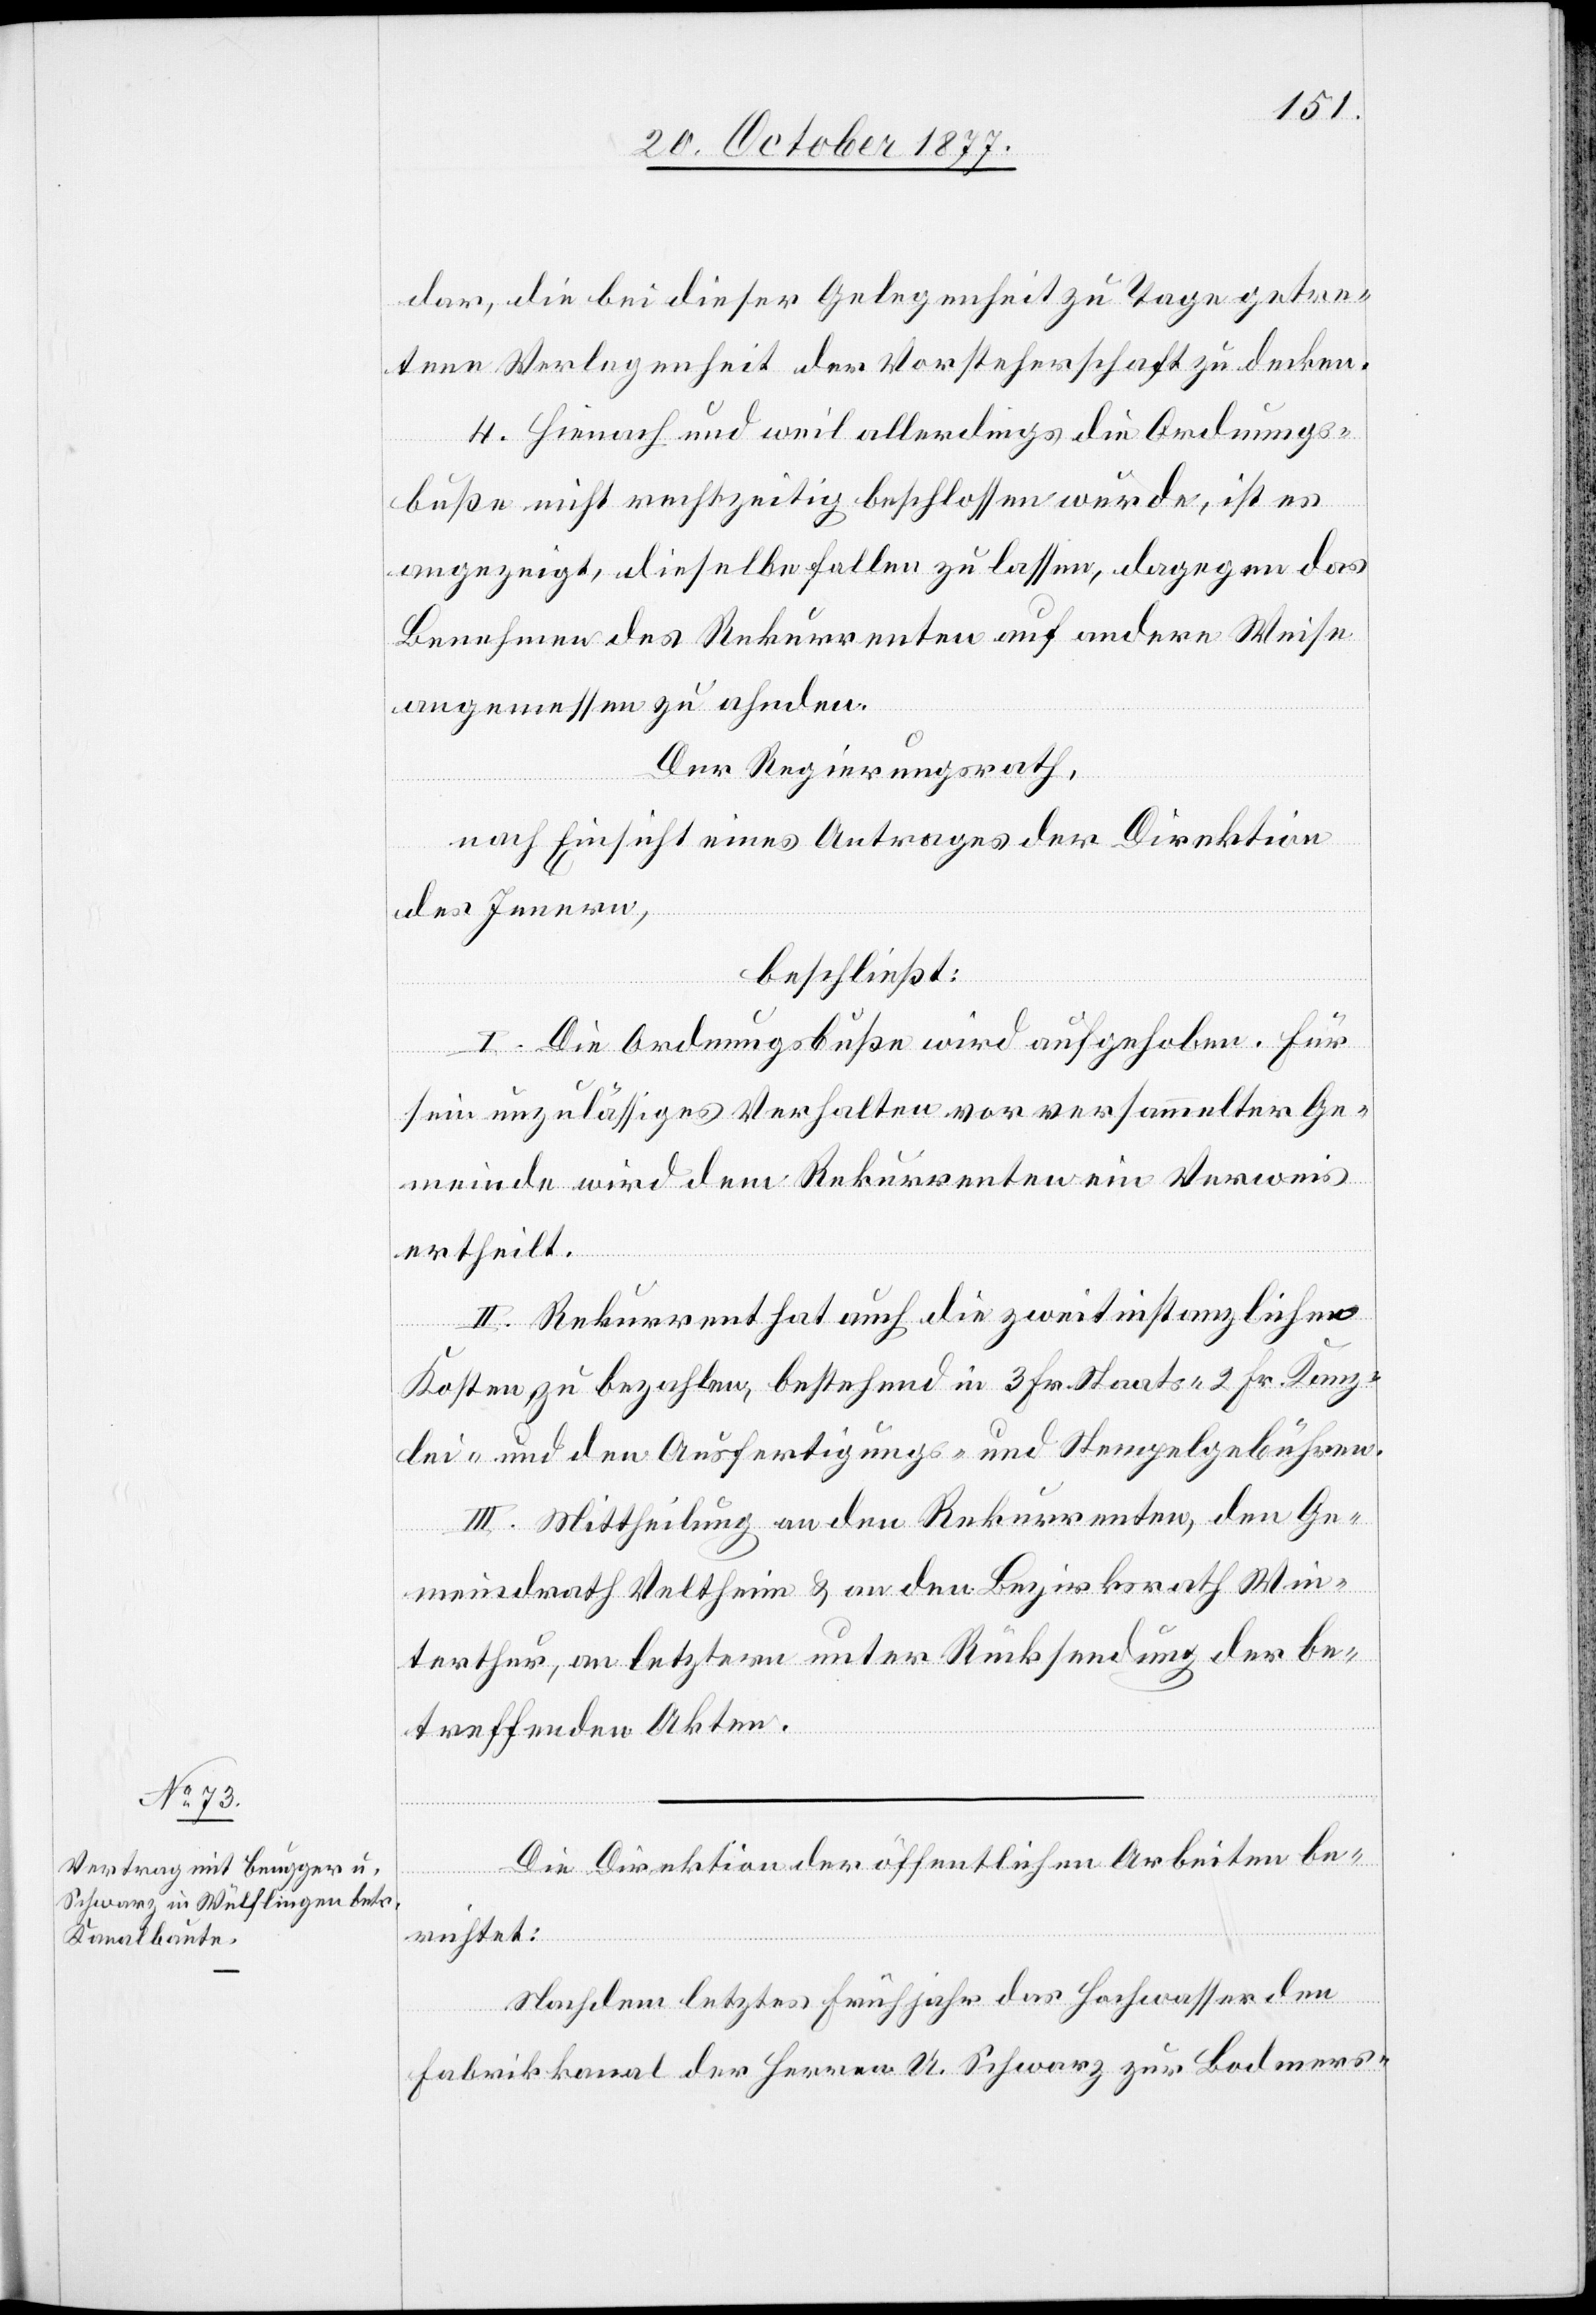
dar, die bei dieser Gelegenheit zu Tage getre¬
tene Verlegenheit der Vorsteherschaft zu decken.
4. Hienach und weil allerdings die Ordnungs¬
buße nicht rechtzeitig beschlossen wurde, ist es
angezeigt, dieselbe fallen zu lassen, dagegen das
Benehmen des Rekurrenten auf andere Weise
angemessen zu ahnden.
Der Regierungsrath,
nach Einsicht eines Antrages der Direktion
des Innern,
beschließt:
I. Die Ordnungsbuße wird aufgehoben. Für
sein unzulässiges Verhalten vor versammelter Ge¬
meinde wird dem Rekurrenten ein Verweis
ertheilt.
II. Rekurrent hat auch die zweitinstanzlichen
Kosten zu bezahlen, bestehend in 3 Fr. Staats- 2 Fr. Kanz¬
lei- und den Ausfertigungs- und Stempelgebühren.
III. Mittheilung an den Rekurrenten, den Ge¬
meindrath Veltheim & an den Bezirksrath Win¬
terthur, an letztern unter Rücksendung der be¬
treffenden Akten.
Die Direktion der öffentlichen Arbeiten be¬
richtet:
Nachdem letztes Frühjahr das Hochwasser den
Fabrikkanal der Herren U. Schwarz zur Bodmers-